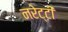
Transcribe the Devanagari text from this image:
नरेट्टी